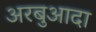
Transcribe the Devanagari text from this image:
अरबुआदा